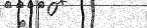
٤